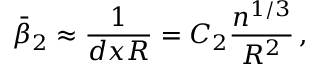
\bar { \beta } _ { 2 } \approx \frac { 1 } { d x R } = C _ { 2 } \frac { n ^ { 1 / 3 } } { R ^ { 2 } } \, ,